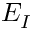
E _ { I }